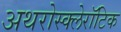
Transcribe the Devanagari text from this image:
अथरोस्क्लेरॉटिक